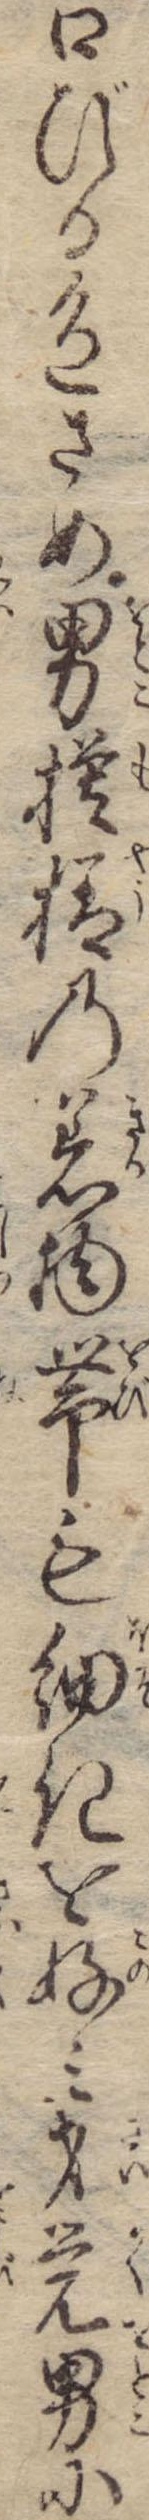
口びる色さめ男模様の着物帯も細きを好み才覚男に